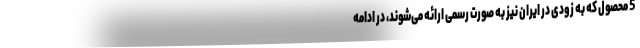
5 محصول که به زودی در ایران نیز به صورت رسمی ارائه می‌شوند، در ادامه